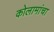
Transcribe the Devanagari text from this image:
कोलामांचा